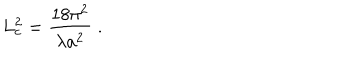
L _ { c } ^ { 2 } = \frac { 1 8 \pi ^ { 2 } } { \lambda a ^ { 2 } } \; .